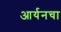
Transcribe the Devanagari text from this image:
आर्यनचा